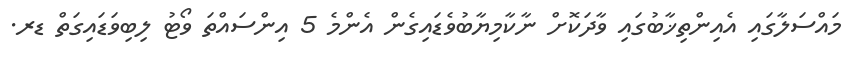
މައްސަލާގައި އެއިންތިޚާބުގައި ވާދަކޮށް ނާކާމިޔާބުވެޑައިގެން އެންމެ 5 އިންސައްތަ ވޯޓު ލިބިވަޑައިގަތް ޑރ.